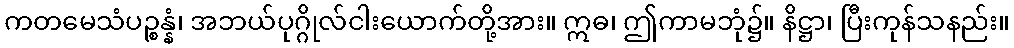
ကတမေသံပဉ္စန္နံ၊ အဘယ်ပုဂ္ဂိုလ်ငါးယောက်တို့အား။ ဣဓ၊ ဤကာမဘုံ၌။ နိဋ္ဌာ၊ ပြီးကုန်သနည်း။